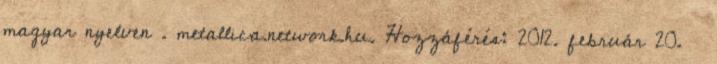
magyar nyelven . metallica.network.hu. Hozzáférés: 2012. február 20. ↑